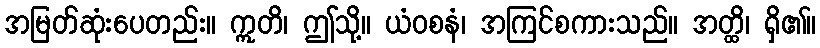
အမြတ်ဆုံးပေတည်း။ ဣတိ၊ ဤသို့။ ယံဝစနံ၊ အကြင်စကားသည်။ အတ္ထိ၊ ရှိ၏။